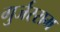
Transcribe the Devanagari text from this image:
गुर्जरराम